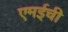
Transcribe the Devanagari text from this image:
एमईची